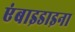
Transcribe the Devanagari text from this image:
एंबाइडाइना